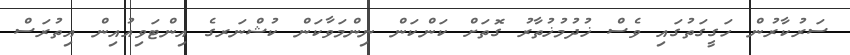
ސަރުކާރުން ހަގީގަތުގައި ވެސް ޚުދުމުޚުތާރު ގޮތަށް ކަންކަން ނިންމަވާކަން ކުޝްނަރގެ އިންޓަވިއުއިން އިތުރަސް